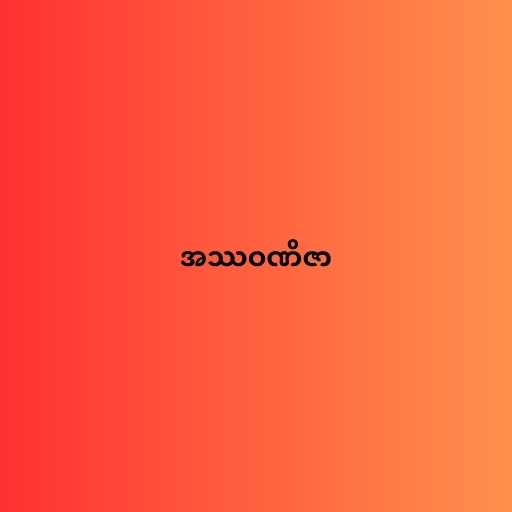
အဿဝဏိဇာ